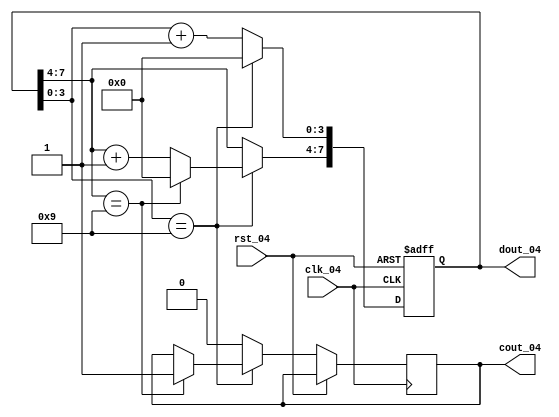
module counter100_04(clk_04,rst_04,dout_04,cout_04);
input clk_04,rst_04;
output[7:0] dout_04;
output cout_04;

reg[7:0] dout_04;
reg cout_04;

always@(posedge clk_04 or posedge rst_04)
begin
	if(rst_04)dout_04<=0;
	else if(dout_04[3:0]==9)
	begin
		dout_04[3:0]<=0;
		if(dout_04[7:4]==9)
		begin
			dout_04[7:4]=0;
			cout_04<=1;
		end
		else
		begin
			dout_04[7:4]=dout_04[7:4]+1;
		end
	end
	else
	begin
		dout_04[3:0]=dout_04[3:0]+1;
		cout_04<=0;
	end
end
endmodule